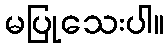
မပြုသေးပါ။